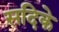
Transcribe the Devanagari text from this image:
सदिके